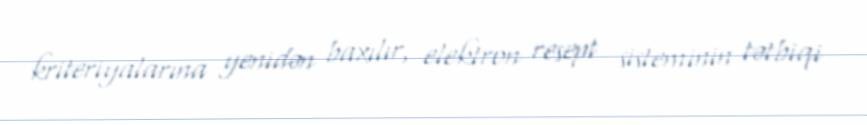
kriteriyalarına yenidən baxılır, elektron resept sisteminin tətbiqi